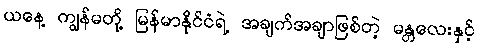
ယနေ့ ကျွန်မတို့ မြန်မာနိုင်ငံရဲ့ အချက်အချာဖြစ်တဲ့ မန္တလေးနှင့်